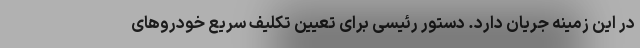
در این زمینه جریان دارد. دستور رئیسی برای تعیین تکلیف سریع خودروهای